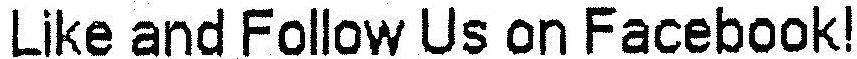
LIKE AND FOLLOW US ON FACEBOOK!